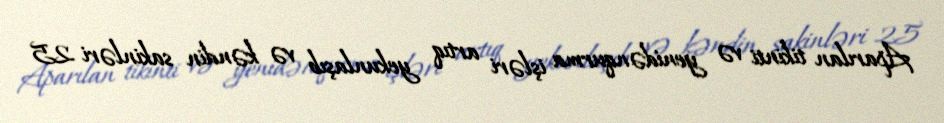
Aparılan tikinti və yenidənqurma işləri artıq yekunlaşıb və kəndin sakinləri 25